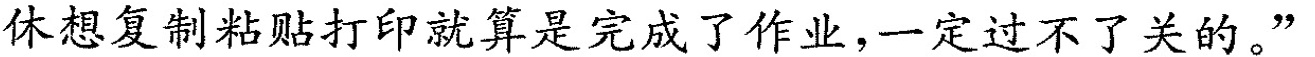
休想复制粘贴打印就算是完成了作业，一定过不了关的。”